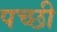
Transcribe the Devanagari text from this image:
पच्‍छी